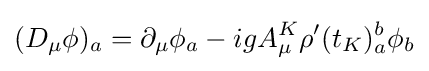
(D_{\mu }\phi )_{a}=\partial _{\mu }\phi _{a}-igA_{\mu }^{K}\rho '(t_{K})_{a}^{b}\phi _{b}